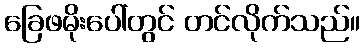
ခြေဖမိုးပေါ်တွင် တင်လိုက်သည်။